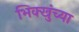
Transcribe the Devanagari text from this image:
भिक्खुंच्या